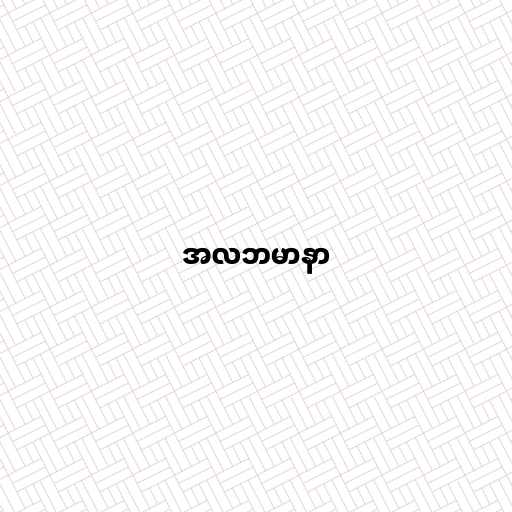
အလဘမာနာ